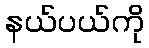
နယ်ပယ်ကို